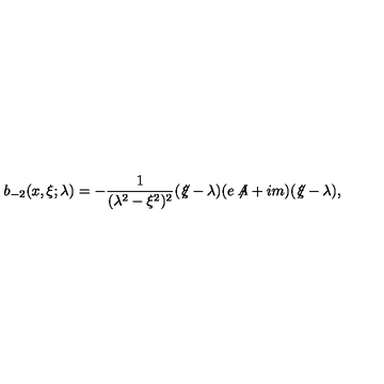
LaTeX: b _ { - 2 } ( x , \xi ; \lambda ) = - \frac { 1 } { ( \lambda ^ { 2 } - \xi ^ { 2 } ) ^ { 2 } } ( \not \! \xi - \lambda ) ( e \not \! \! A + i m ) ( \not \! \xi - \lambda ) ,